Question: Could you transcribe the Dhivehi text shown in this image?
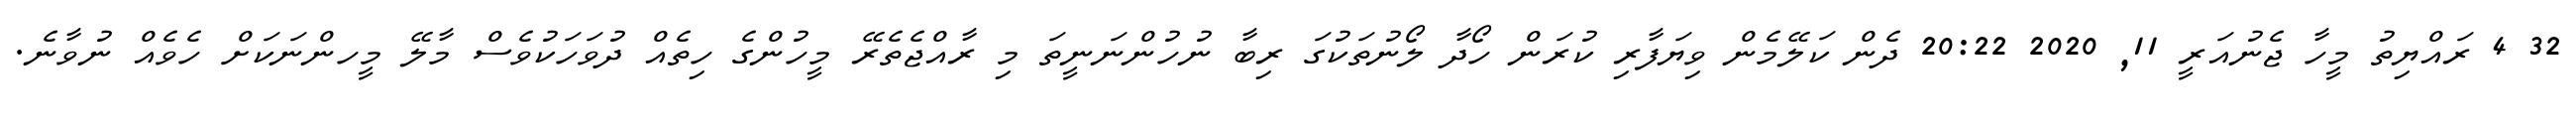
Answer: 32 4 ރައްޔިތު މީހާ ޖެނުއަރީ 11, 2020 20:22 ދެން ކަލޭމެން ވިޔަފާރި ކުރަން ހޯދާ ލޯނުތަކުގަ ރިބާ ނުހުންނަނީތަ މި ރާއްޖެތެރޭ މީހުންގެ ހިތެއް ދުވަހަކުވެސް މާލޭ މީހންނަކަށް ހެވެއް ނުވާނެ.